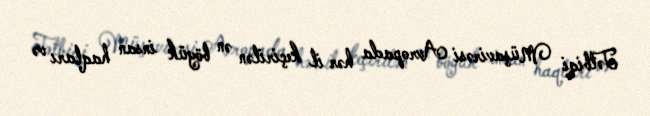
Tətbiqi Müşavirəsi Avropada hər il keçirilən ən böyük insan haqları və